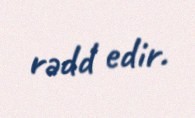
rədd edir.